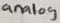
Text: analog